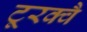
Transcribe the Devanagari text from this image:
टूरक्वै